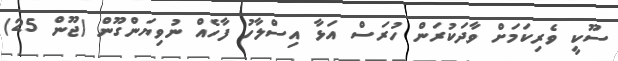
ސޫކީ ވެރިކަމަށް ވާދަކުރަން ހުރަސް އަޅާ އިސްލާހު ފާހެއް ނުވިޔަންގޫން (ޖޫން 25)